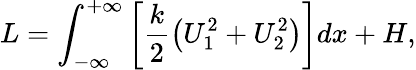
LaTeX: L=\int_{-\infty}^{+\infty}\left[\frac{k}{2}\left(U_{1}^{2}+U_{2}^{2}\right)\right]dx+H,